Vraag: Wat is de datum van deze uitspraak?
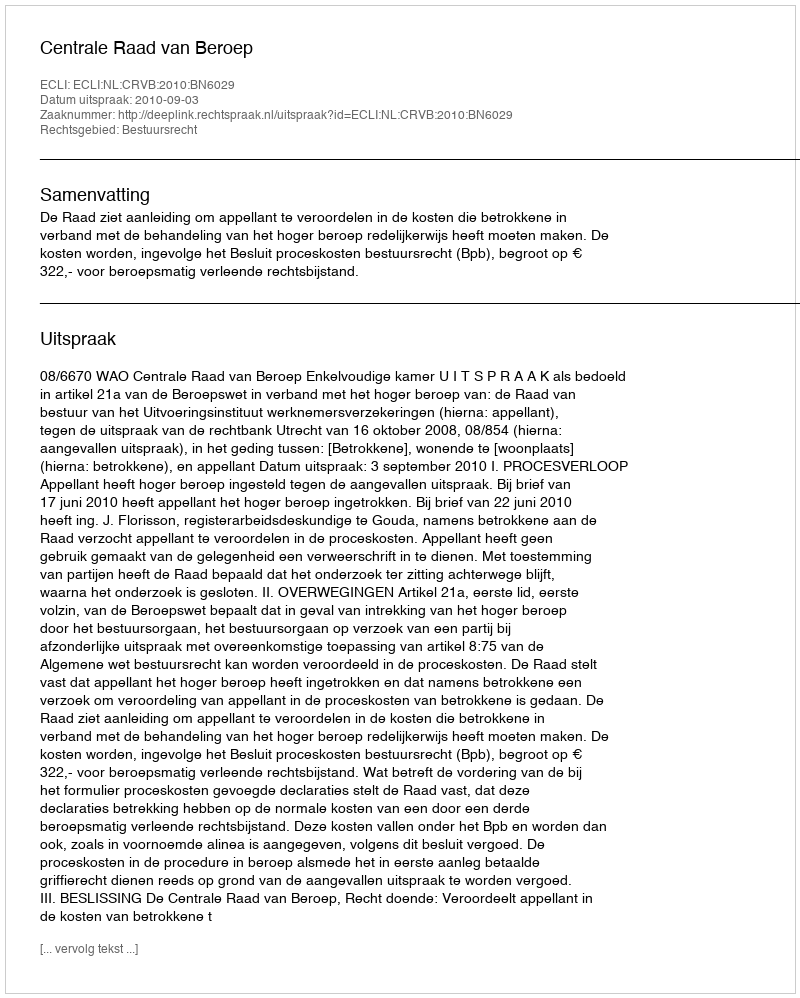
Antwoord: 2010-09-03